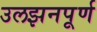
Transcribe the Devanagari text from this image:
उलझनपूर्ण